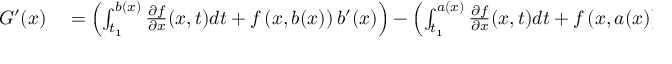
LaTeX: \begin{array} { r l } { G ^ { \prime } ( x ) } & { { } = \left( \int _ { t _ { 1 } } ^ { b ( x ) } { \frac { \partial f } { \partial x } } ( x , t ) d t + f \left( x , b ( x ) \right) b ^ { \prime } ( x ) \right) - \left( \int _ { t _ { 1 } } ^ { a ( x ) } { \frac { \partial f } { \partial x } } ( x , t ) d t + f \left( x , a ( x ) \right) a ^ { \prime } ( x ) \right) } \end{array}